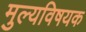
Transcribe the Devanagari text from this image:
मुल्यविषयक